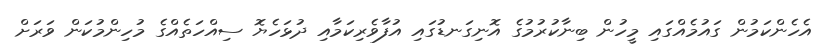
އެހެންކަމުން ގައުމެއްގައި މީހުން ބިނާކުރުމުގެ އޮނިގަނޑުގައި އުފާވެރިކަމާއި ދުޅަހެޔޮ ސިއްހަތެއްގެ މުހިންމުކަން ވަރަށް